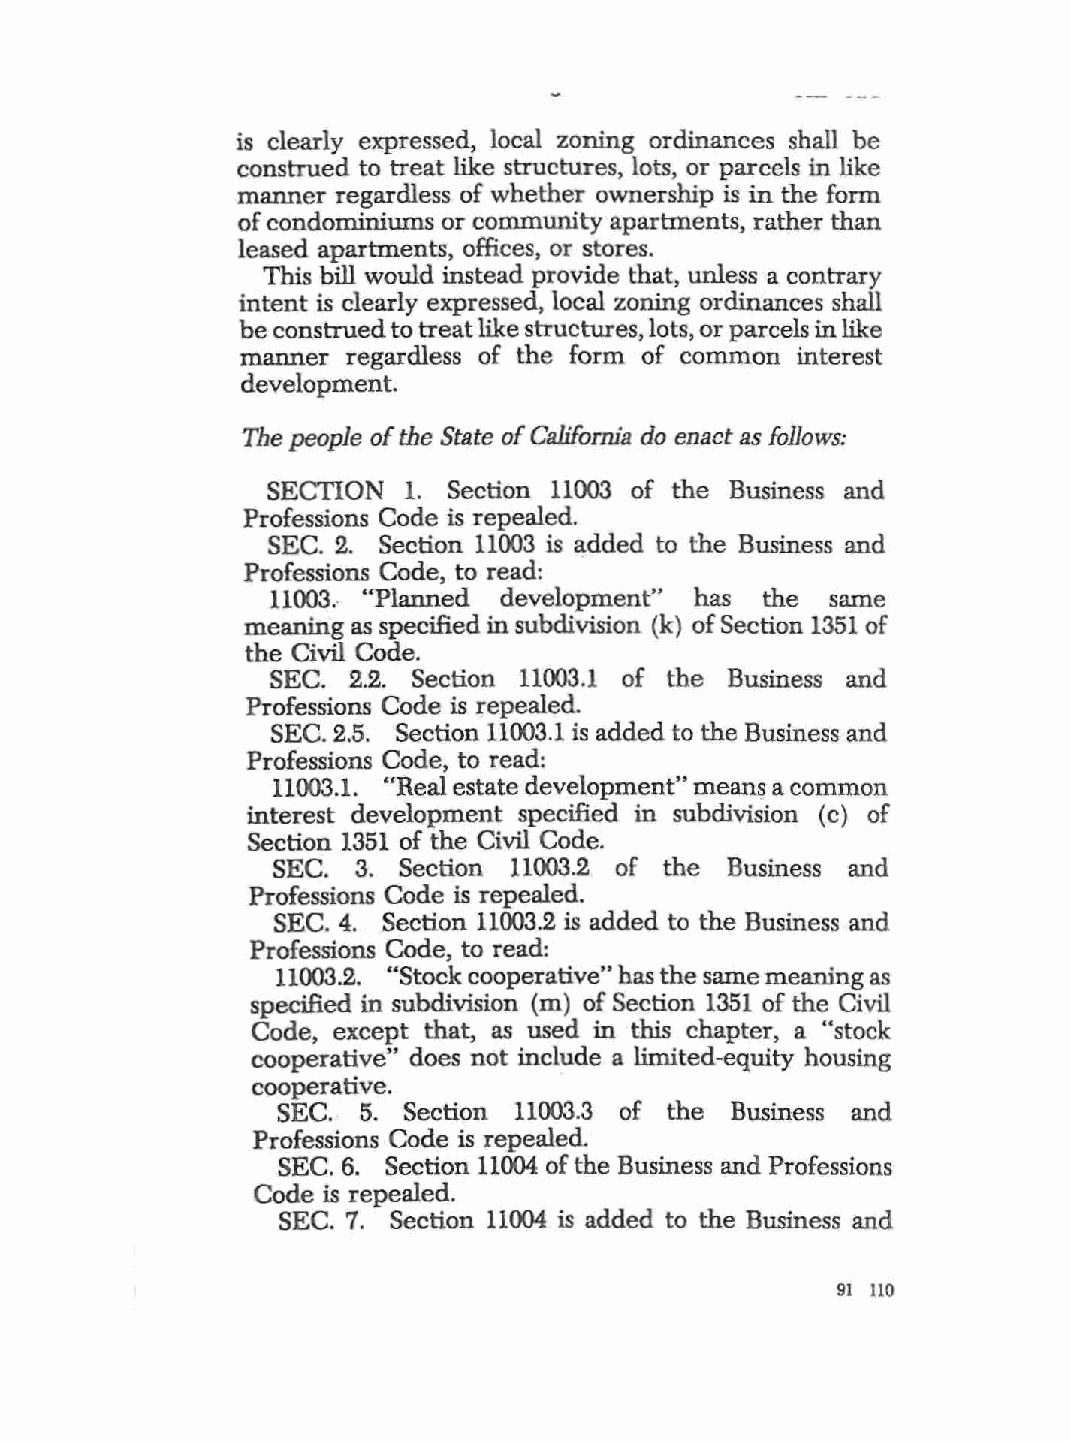
is clearly expressed, local zoning ordinances shall be
 construed to treat like structures, lots, or parcels in like
 manner regardless of whether ownership is in the form
 of condominiums or community apartments, rather than
 leased apartments, offices, or stores.
 This bill would instead provide that, unless a contrary
 intent is clearly expressed, local zoning ordinances shall
 be construed to treat like structures, lots, or parcels in like
 manner regardless of the form of common interest
 development.
 The people of the State of California do enact as follows:
 SECTION  1. Section 11003 of the Business and
 Professions Code is repealed.
 SEC. 2. Section 11003 is added to the Business and
 Professions Code, to read:
 11003.· "Planned development" has the same
 meaning as specified in subdivision (k) of Section 1351 of
 the Civil Code.
 SEC. 2.2. Section 11003.1 of the Business and
 Professions Code is repealed.
 SEC. 2.5. Section 11003.1 is added to the Business and
 Professions Code, to read:
 11003.1. "Real estate development" mean~ a common
 interest development specified in subdivision ( c) of
 Section 1351 of the Civil Code.
 SEC. 3. Section 11003.2 of the Business and
 Professions Code is repealed.
 SEC. 4. Section 11003.2 is added to the Business and
 Professions Code, to read:
 11003.2. "Stock cooperative" has the same meaning as
 specified in subdivision (m) of Section 1351 of the Civil
 Code, except that, as used in this chapter, a "stock
 cooperative" does not include a limited-equity housing
 cooperative.
 SEC.. 5. Section 11003.3 of the Business and
 Professions Code is repealed.
 SEC. 6. Section 11004 of the Business and Professions
 Code is repealed.
 SEC. 7. Section 11004 is added to the Business and
 91 110